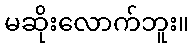
မဆိုးလောက်ဘူး။